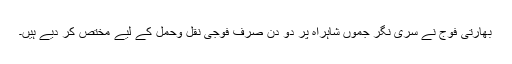
بھارتی فوج نے سری نگر جموں شاہراہ پر دو دن صرف فوجی نقل وحمل کے لیے مختص کر دیے ہیں۔